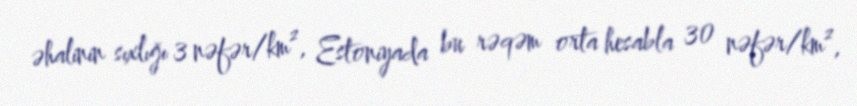
əhalinin sıxlığı 3 nəfər/km², Estoniyada bu rəqəm orta hesabla 30 nəfər/km²,